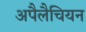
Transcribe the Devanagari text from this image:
अपैलैचियन